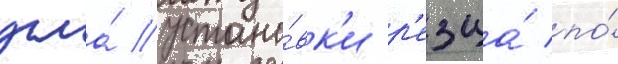
угла́ устано́вк'и р'езца́ по́